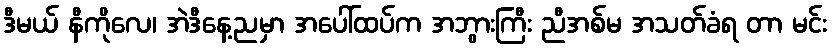
ဒီမယ် နီကိုလေ၊ အဲဒီနေ့ညမှာ အပေါ်ထပ်က အဘွားကြီး ညီအစ်မ အသတ်ခံရ တာ မင်း